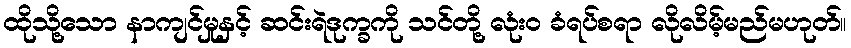
ထိုသို့သော နာကျင်မှုနှင့် ဆင်းရဲဒုက္ခကို သင်တို့ လုံးဝ ခံရပ်စရာ လိုလိမ့်မည်မဟုတ်။